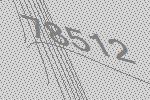
78512